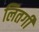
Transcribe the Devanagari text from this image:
लितर्गी